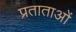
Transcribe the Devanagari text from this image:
प्रताताओं